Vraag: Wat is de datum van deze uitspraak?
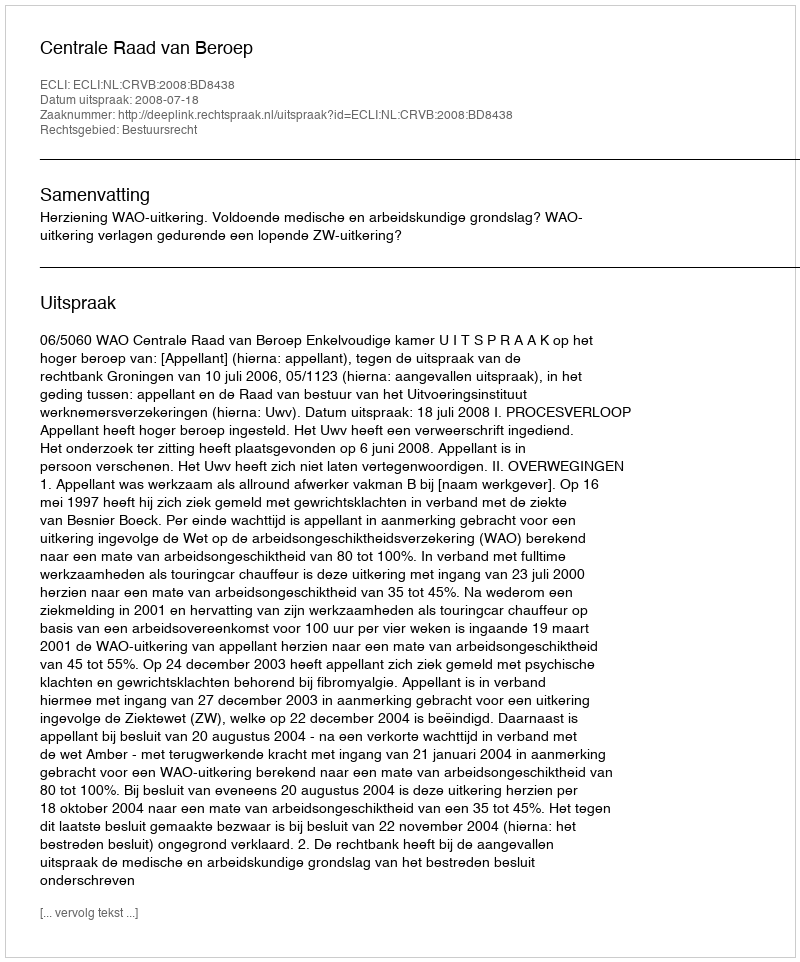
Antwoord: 2008-07-18